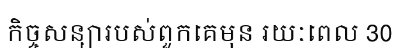
កិច្ចសន្យារបស់ពួកគេមុន រយៈពេល 30